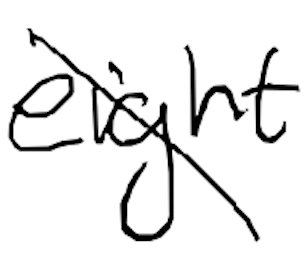
Text: eight
Cross-out: diagonal
Writing tool: digital_black